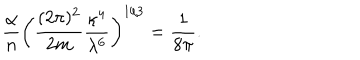
LaTeX: { \frac { \alpha } { n } } \bigg ( { \frac { ( 2 \pi ) ^ { 2 } } { 2 m } } { \frac { \kappa ^ { 4 } } { \lambda ^ { 6 } } } \bigg ) ^ { 1 / 3 } = { \frac { 1 } { 8 \pi } } .